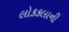
લોકકલાની